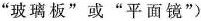
”玻璃板”或”平面镜”)